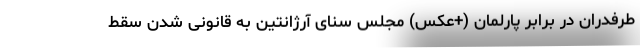
طرفدران در برابر پارلمان (+عکس) مجلس سنای آرژانتین به قانونی شدن سقط